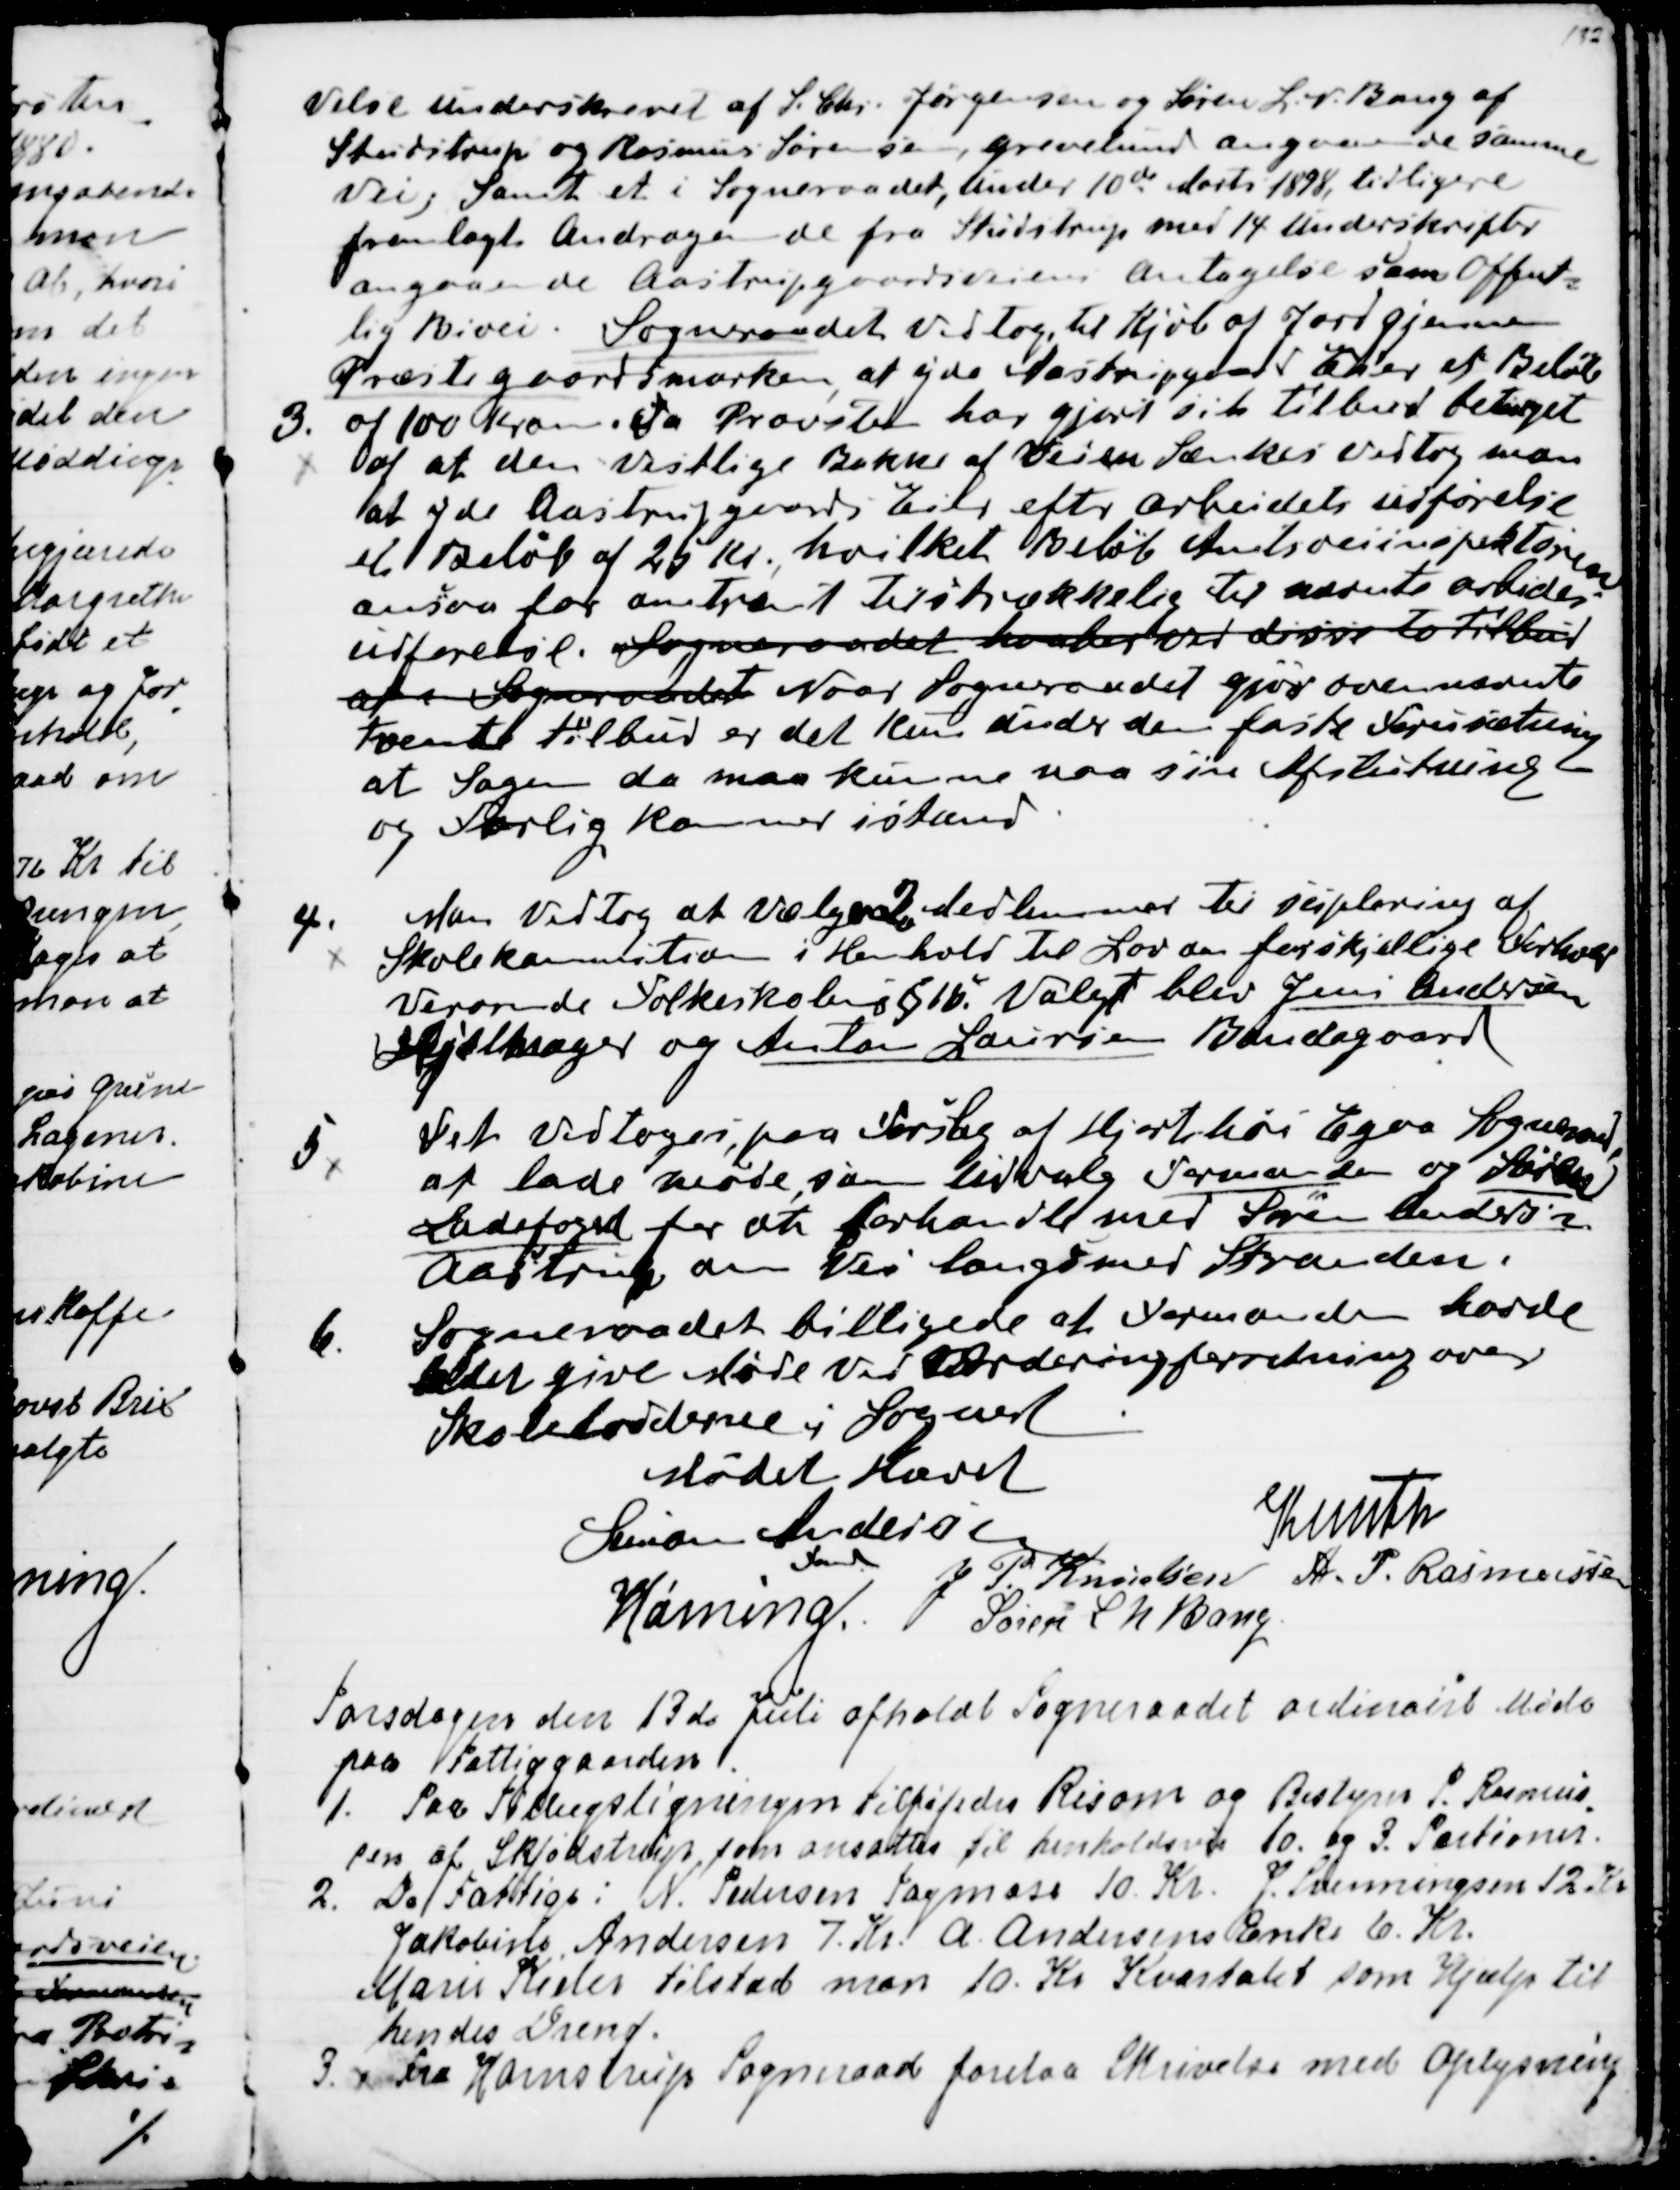
Transskription:
velse underskrevet af S. Chr. Jørgensen og Søren L. N. Bang af
Studstrup og Rasmus Sørensen, Grevelund angaaende samme
Vei, Samt et i Sogneraadet, under 10de Marts 1898, tidligere
fremlagt Andragende fra Studstrup med 14 Underskrifter
angaaende Aastrupgaardsveiens Antagelse som Offent=
lig Bivei. Sogneraadet vedtog, til Kjøb af Jord gjennem
Præstegaardsmarken, at yde Aastrupgaards Eier et Beløb
3. af 100 Kroner. Da Provsten har gjort sit Tilbud betinget
af at den vestlige Bakke af Veien Sænkes vedtog man
at yde Aastrupgaards Eier efter arbeidets udførelse
et Beløb af 25 Kr., hvilket Beløb Amtsveiinspektøren
ansaa for omtrent tilstrækkelig til nævnte arbeides
udførelse. Sogneraadet haaber ved disse to Tilbud
at Sogneraadet Naar Sogneraadet gjør ovennævnte
tvende Tilbud er det kun under den faste Forudsætning
at Sagen da maa kunne naa sin Afslutning
og Forlig kommer istand.
4.
Man vedtog at vælge 2 Medlemmer til suplering af
Skolekommitionen i Henhold til Lov om forskjellige Forhold
vedrørende Folkeskolen § 16. Valgt blev Jens Andersen
Hjelmsager og Anton Laursen Bondegaard
5 Det vedtoges paa Forslag af Hjortshøi-Egaa Sogneraad,
at lade møde, som Udvalg Formanden og Søren
Ladefoged for at forhandle med Søren Andersen
Aastrup om Vei langs med Stranden.
6. Sogneraadet billigede at Formanden havde
ladet give Møde ved Vurderingsforretning over
Skolelodderne i Sognet.
Mødet Hævet
Simon Andersen
Fmd
Knuth
J P. Knudsen
A. P. Rasmussen
Hørning.
Søren L N Bang

Torsdagen den 13de Juli afholdt Sogneraadet ordinairt Møde
paa Fattiggaarden.
1. Paa Tillægsligningen tilføjedes Risom og Bestyrer P Rasmus
=
sen af Skjødstrup, som ansattes til henholdsvis 10. og 3. Portioner.
2. De Fattige: N. Pedersen Tagmose 10. Kr. J. Svenningsen 12 Kr.
Jakobine Andersen 7. Kr. A. Andersens Enke 6. Kr.
Marie Kieler tilstod man 10. Kr Kvartalet som Hjælp til
hendes Dreng.
3.
Fra Hornstrup Sogneraad forelaa Skrivelse med Oplysning